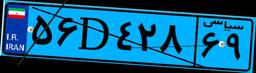
۳۳D۶۰۵۸۴